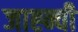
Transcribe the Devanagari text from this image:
जाह्न्वी